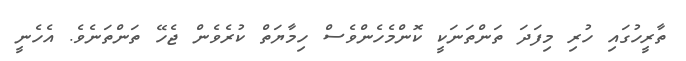
ތާރީހުގައި ހުރި މިފަދަ ތަންތަނަކީ ކޮންމެހެންވެސް ހިމާޔަތް ކުރެވެން ޖެހޭ ތަންތަނެވެ. އެހެނީ